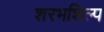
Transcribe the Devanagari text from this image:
शरभशिल्प